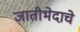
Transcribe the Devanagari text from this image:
जातीभेदाचे